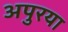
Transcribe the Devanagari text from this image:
अपुरया